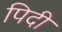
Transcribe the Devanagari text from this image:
पिदी